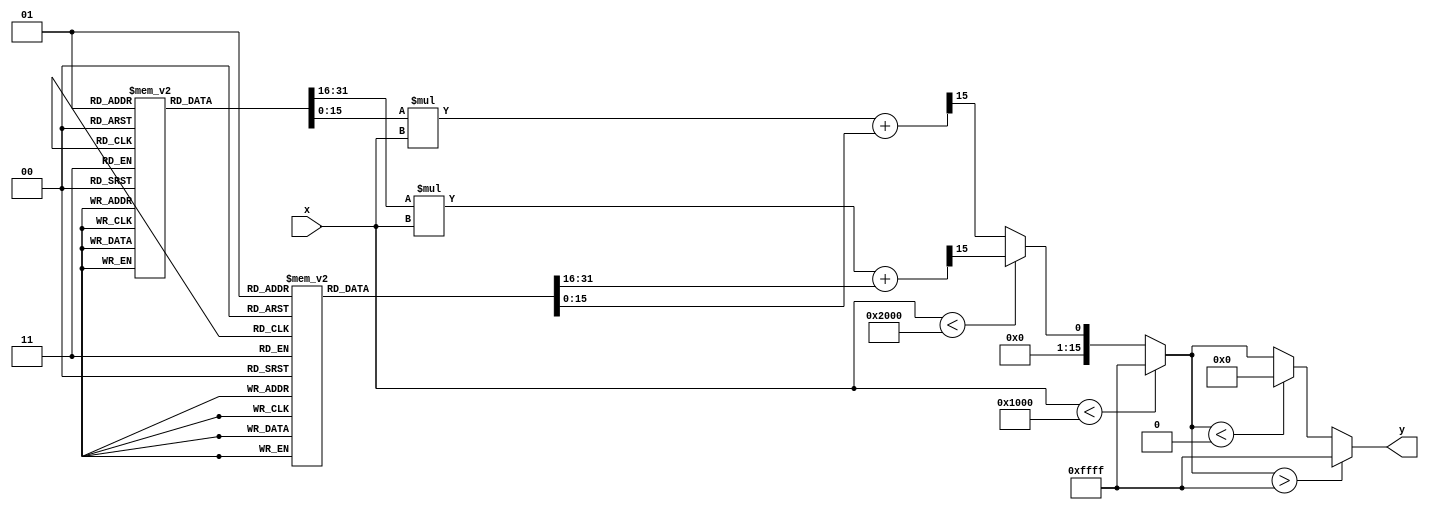
module reciprocal_approximation (
    input  wire [15:0] x,          // Input: 16-bit fixed-point representation of x
    output reg  [15:0] y           // Output: 16-bit fixed-point approximation of 1/x
);

    // Parameters for piecewise linear approximation
    parameter BREAKPOINT_1 = 16'h1000; // 1.0 in fixed-point
    parameter BREAKPOINT_2 = 16'h2000; // 2.0 in fixed-point

    // Coefficients for each segment (slope and intercept)
    reg [15:0] slope [0:1];
    reg [15:0] intercept [0:1];

    initial begin
        // Initialize slopes and intercepts for each segment
        slope[0] = 16'hFFFF;     // Example slope for segment 1 (approximation for [1.0, 2.0))
        intercept[0] = 16'h0000; // Example intercept for segment 1

        slope[1] = 16'h7FFF;     // Example slope for segment 2 (approximation for [2.0, 4.0))
        intercept[1] = 16'h0000; // Example intercept for segment 2
    end

    always @(*) begin
        // Default output
        y = 16'h0000;

        // Segment selection based on input x
        if (x < BREAKPOINT_1) begin
            // Handle underflow case
            y = 16'hFFFF; // Output should be clamped or handled appropriately
        end else if (x < BREAKPOINT_2) begin
            // Segment 1: [1.0, 2.0)
            y = (slope[0] * x + intercept[0]) >> 15; // Scale down for fixed-point
        end else begin
            // Segment 2: [2.0, 4.0)
            y = (slope[1] * x + intercept[1]) >> 15; // Scale down for fixed-point
        end
        
        // Handle overflow/underflow
        if (y > 16'hFFFF) begin
            y = 16'hFFFF; // Clamp to max value
        end else if (y < 16'h0000) begin
            y = 16'h0000; // Clamp to min value
        end
    end
endmodule